Report on vaccination North-West Frontier Province 1904-1922 - 1904-1922
Year: 1904
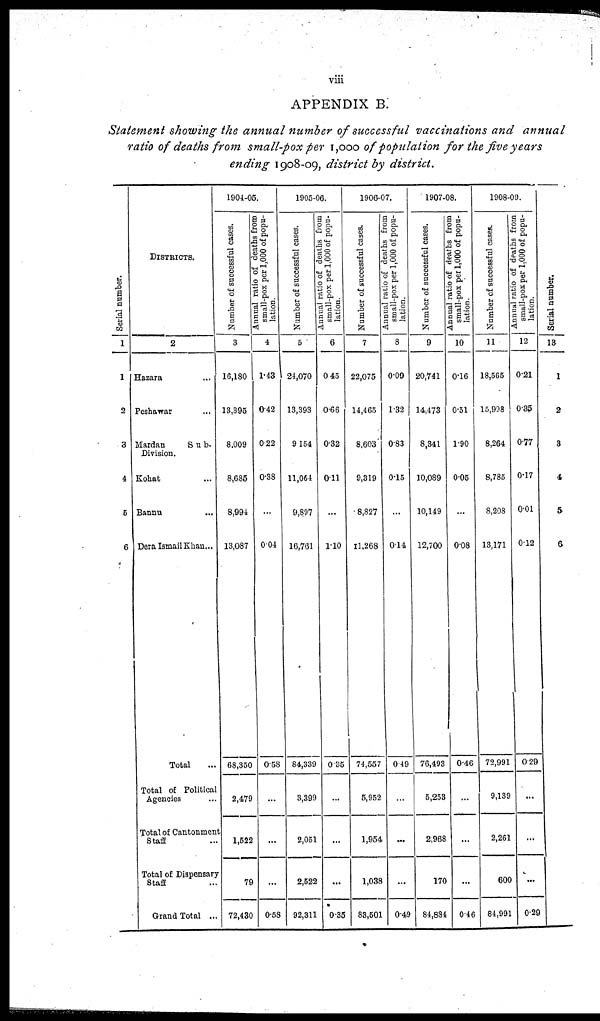
viii
APPENDIX B.
Statement showing the annual number of successful vaccinations and annual
ratio of deaths from small-pox per 1,000 of population for the five years
ending 1908-09, district by district.
Serial number.
1
1
2
3
4
5
6
DISTRICTS.
2
Hazara ...
Peshawar ...
Mardan
Sub-
Division.
Kohat ...
Bannu ...
Dera Ismail Khan ...
Total ...
Total of Political
Agencies ...
Total of Cantonment
Staff ...
Total of Dispensary
Staff ...
Grand Total ...
1904-05.
Number of successful cases.
3
16,180
13,395
8,009
8,685
8,994
13,087
68,350
2,479
1,522
79
72,430
Annual ratio of deaths from
small-pox per 1,000 of popu-
lation.
4
1.43
0.42
0.22
0.38
...
0.04
0.58
...
...
...
0.58
1905-06.
Number of successful cases.
5
24,070
13,393
9,154
11,064
9,897
16,761
84,339
3,399
2,051
2,522
92,311
Annual ratio of deaths from
small-pox per 1,000 of popu-
lation.
6
0.45
0.66
0.32
0.11
...
1.10
0.35
...
...
...
0.35
1906-07.
Number of successful cases.
7
22,075
14,465
8,603
9,319
8,827
11,268
74,557
5,952
1,954
1,038
83,501
Annual ratio of deaths from
small-pox per 1,000 of popu-
lation.
8
0.09
1.32
0.83
0.15
...
0.14
0.49
...
...
...
0.49
1907-08.
Number of successful cases.
9
20,741
14,473
8,341
10,089
10,149
12,700
76,493
5,253
2,968
170
84,884
Annual ratio of deaths from
small-pox per 1,000 of popu-
lation.
10
0.16
0.51
1.90
0.05
...
0.08
0.46
...
...
...
0.46
1908-09.
Number of successful cases.
11
18,565
15,998
8,264
8,785
8,208
13,171
72,991
9,139
2,261
600
84,991
Annual ratio of deaths from
small-pox per 1,000 of popu-
lation.
12
0.21
0.35
0.77
0.17
0.01
0.12
0.29
...
...
...
0.29
Serial number.
13
1
2
3
4
5
6